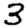
Digit: 3